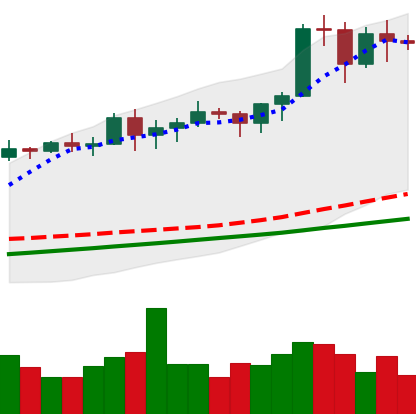
Ticker: BTC-USD
Chart end date: 2020-11-10
Forward return: 4.347%
Label: up_3_5